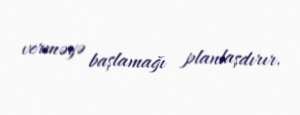
verməyə başlamağı planlaşdırır.